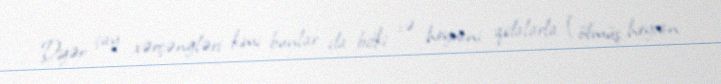
Digər çay xərçəngləri kimi bunlar da bitki və heyvani qidalarla (ölmüş heyvan